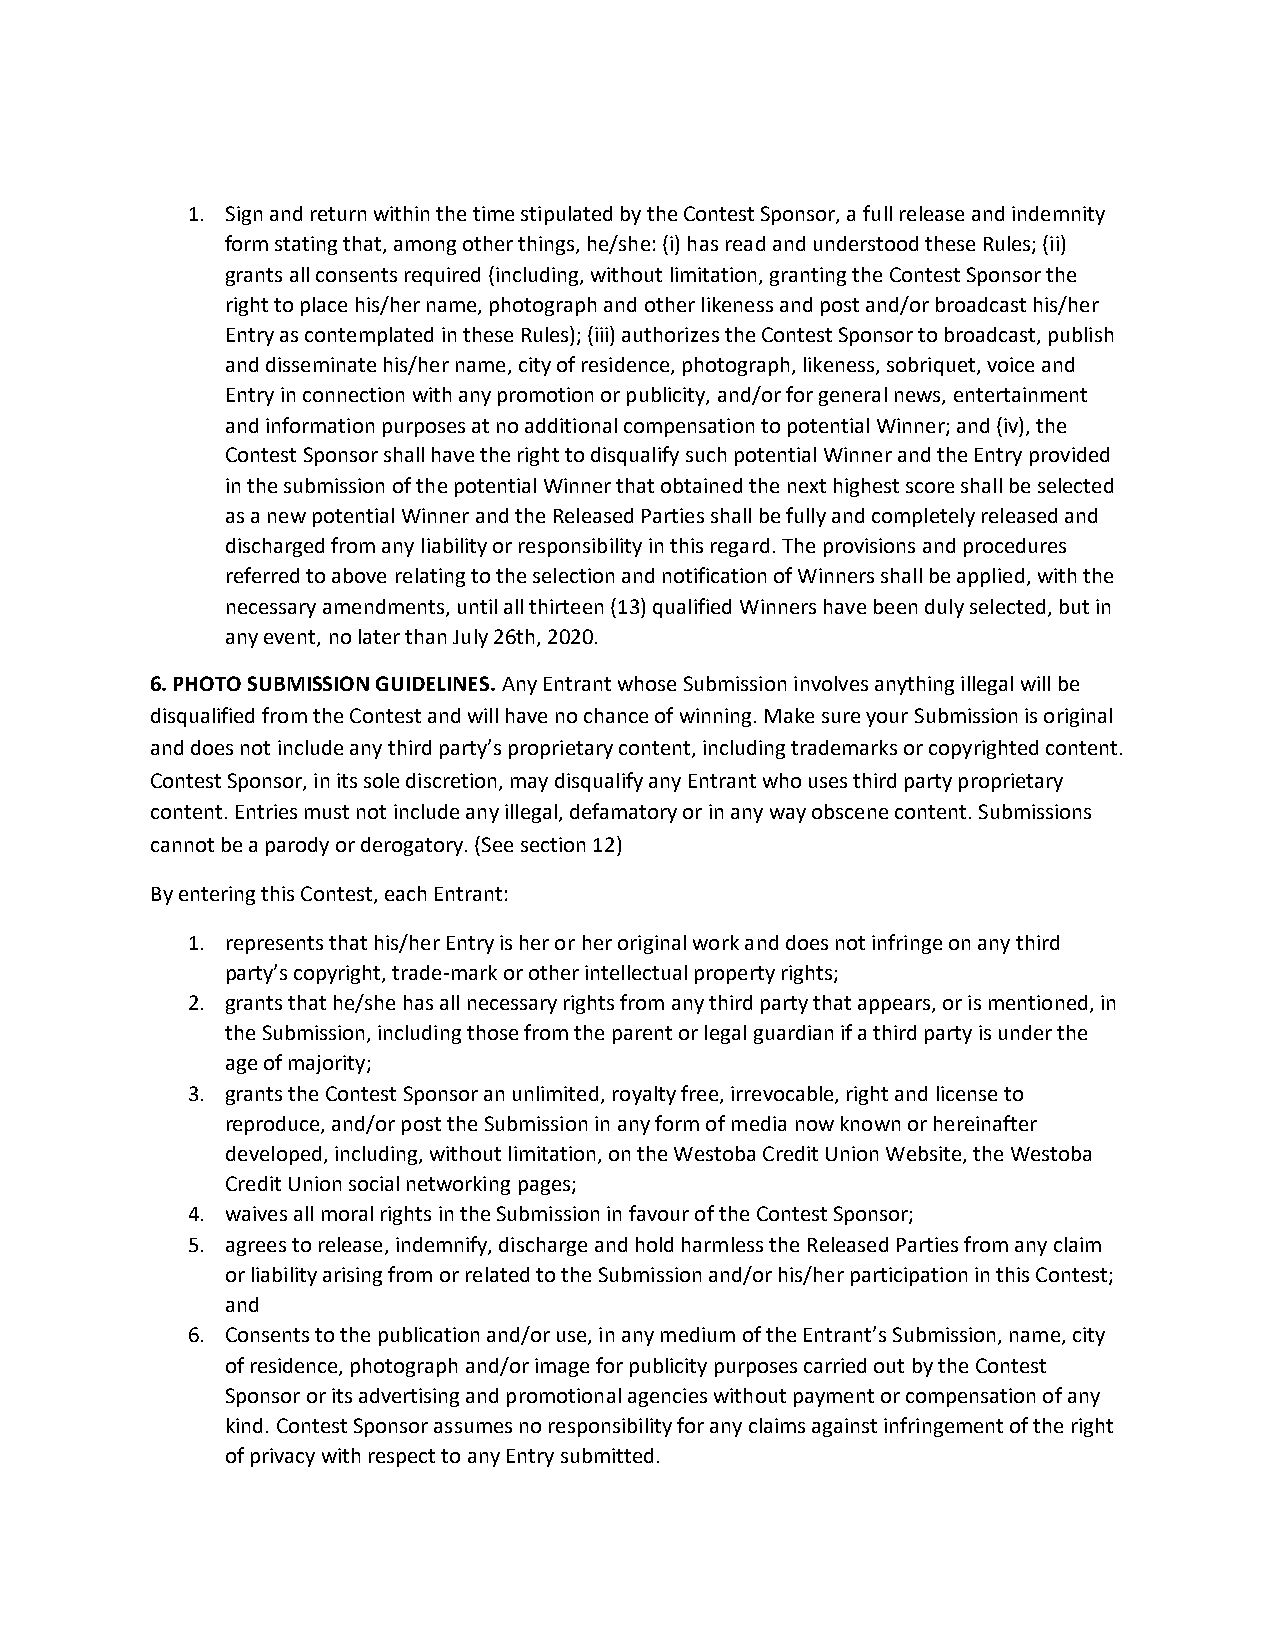
1. Sign and return within the time stipulated by the Contest Sponsor, a full release and indemnity
 form stating that, among other things, he/she: (i) has read and understood these Rules; (ii)
 grants all consents required (including, without limitation, granting the Contest Sponsor the
 right to place his/her name, photograph and other likeness and post and/or broadcast his/her
 Entry as contemplated in these Rules); (iii) authorizes the Contest Sponsor to broadcast, publish
 and disseminate his/her name, city of residence, photograph, likeness, sobriquet, voice and
 Entry in connection with any promotion or publicity, and/or for general news, entertainment
 and information purposes at no additional compensation to potential Winner; and (iv), the
 Contest Sponsor shall have the right to disqualify such potential Winner and the Entry provided
 in the submission of the potential Winner that obtained the next highest score shall be selected
 as a new potential Winner and the Released Parties shall be fully and completely released and
 discharged from any liability or responsibility in this regard. The provisions and procedures
 referred to above relating to the selection and notification of Winners shall be applied, with the
 necessary amendments, until all thirteen (13) qualified Winners have been duly selected, but in
 any event, no later than July 26th, 2020.
 6. PHOTO SUBMISSION GUIDELINES. Any Entrant whose Submission involves anything illegal will be
 disqualified from the Contest and will have no chance of winning. Make sure your Submission is original
 and does not include any third party’s proprietary content, including trademarks or copyrighted content.
 Contest Sponsor, in its sole discretion, may disqualify any Entrant who uses third party proprietary
 content. Entries must not include any illegal, defamatory or in any way obscene content. Submissions
 cannot be a parody or derogatory. (See section 12)
 By entering this Contest, each Entrant:
 1. represents that his/her Entry is her or her original work and does not infringe on any third
 party’s copyright, trade-mark or other intellectual property rights;
 2. grants that he/she has all necessary rights from any third party that appears, or is mentioned, in
 the Submission, including those from the parent or legal guardian if a third party is under the
 age of majority;
 3. grants the Contest Sponsor an unlimited, royalty free, irrevocable, right and license to
 reproduce, and/or post the Submission in any form of media now known or hereinafter
 developed, including, without limitation, on the Westoba Credit Union Website, the Westoba
 Credit Union social networking pages;
 4. waives all moral rights in the Submission in favour of the Contest Sponsor;
 5. agrees to release, indemnify, discharge and hold harmless the Released Parties from any claim
 or liability arising from or related to the Submission and/or his/her participation in this Contest;
 and
 6. Consents to the publication and/or use, in any medium of the Entrant’s Submission, name, city
 of residence, photograph and/or image for publicity purposes carried out by the Contest
 Sponsor or its advertising and promotional agencies without payment or compensation of any
 kind. Contest Sponsor assumes no responsibility for any claims against infringement of the right
 of privacy with respect to any Entry submitted.